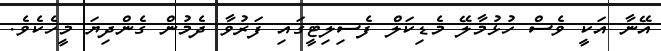
އޭނާ އަކީ ވެސް ހުޅުމާލޭ މެޑިކަލް ފެސިލިޓީގައި ފަރުވާ ދެމުން ގެންދިޔަ މީހެކެވެ.